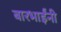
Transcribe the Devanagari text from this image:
बारभाईंनी